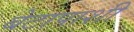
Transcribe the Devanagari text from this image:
बेटापाशी